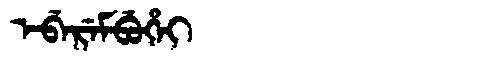
Manchu: ᡝᠪᡝᡵᡝᠮᠪᡠᡥᡝᡳ
Romanization: EBEREMBUHEI